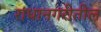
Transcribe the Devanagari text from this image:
राधानगरीतील